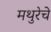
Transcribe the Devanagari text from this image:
मथुरेचे